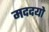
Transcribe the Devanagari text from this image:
मददयो